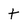
Character: t